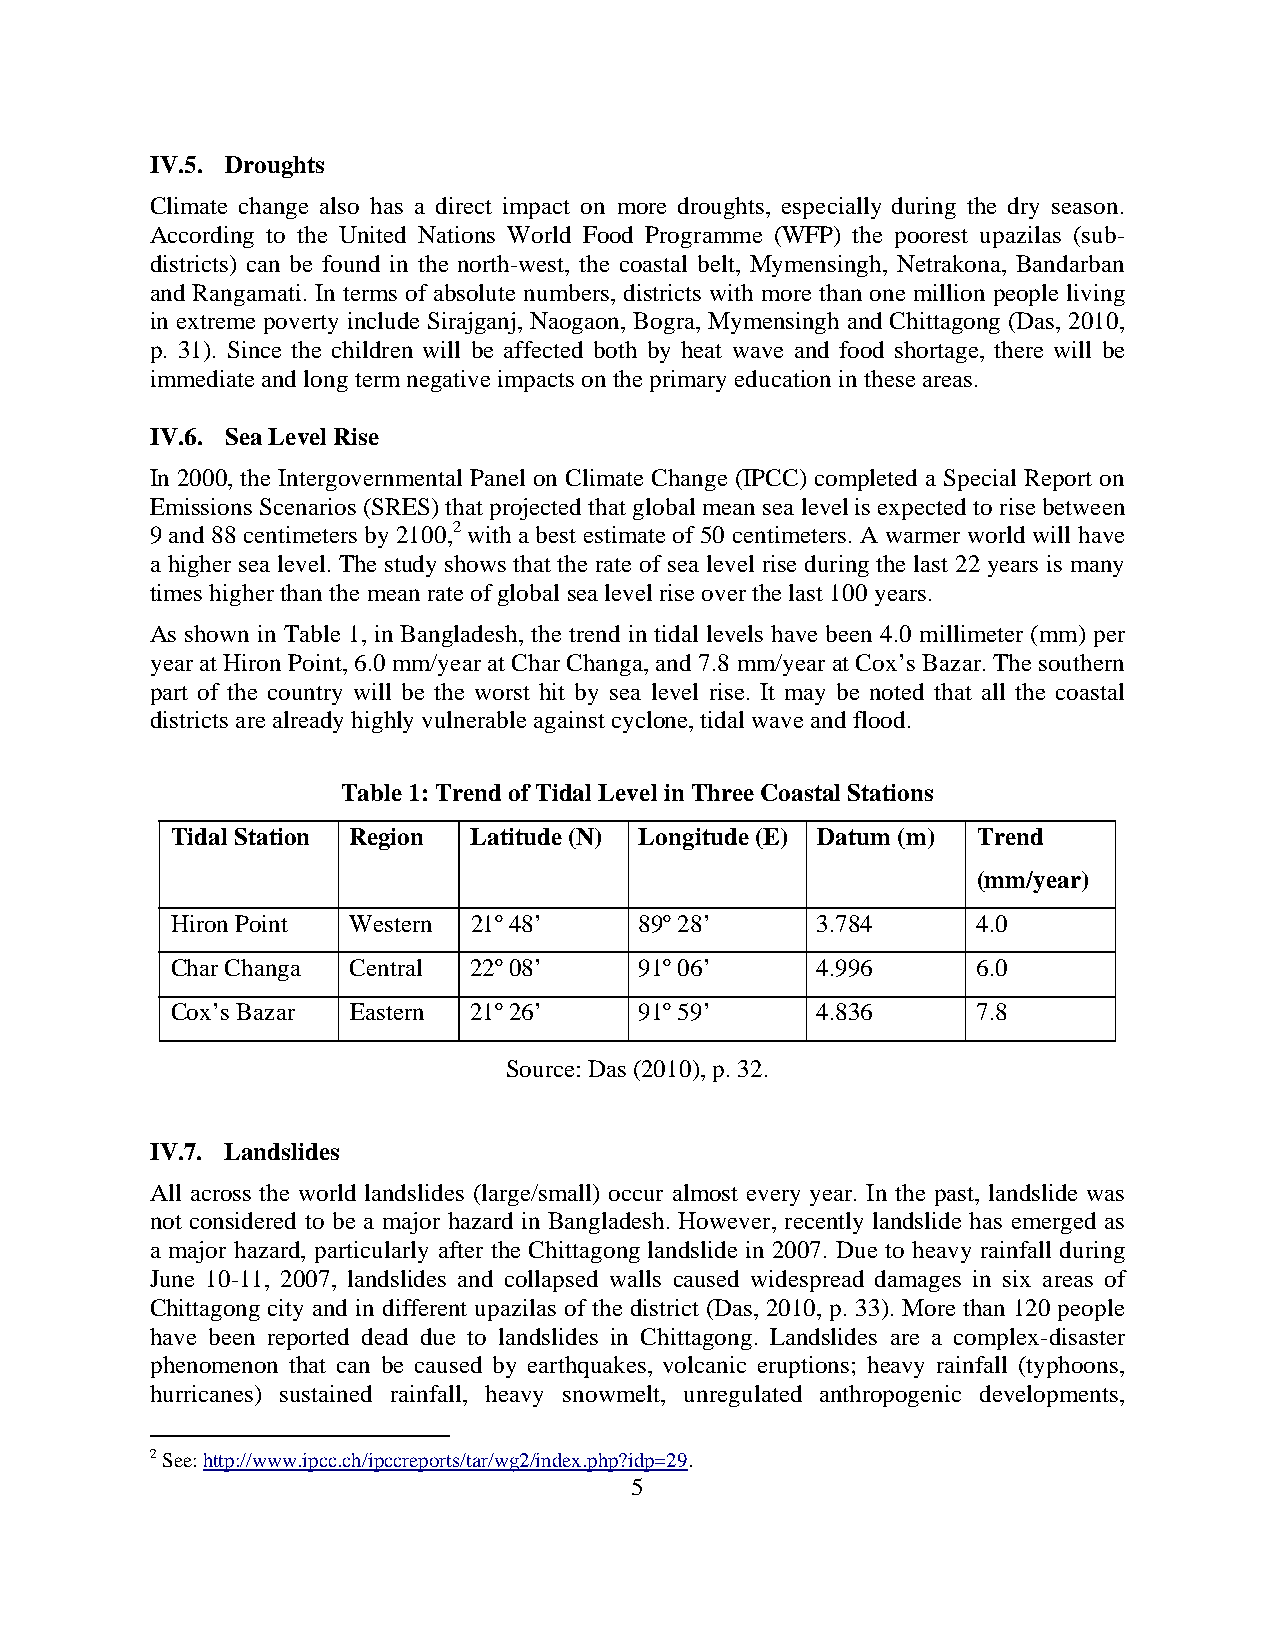
IV.5. Droughts
 Climate change also has a direct impact on more droughts, especially during the dry season.
 According to the United Nations World Food Programme (WFP) the poorest upazilas (sub-
 districts) can be found in the north-west, the coastal belt, Mymensingh, Netrakona, Bandarban
 and Rangamati. In terms of absolute numbers, districts with more than one million people living
 in extreme poverty include Sirajganj, Naogaon, Bogra, Mymensingh and Chittagong (Das, 2010,
 p. 31). Since the children will be affected both by heat wave and food shortage, there will be
 immediate and long term negative impacts on the primary education in these areas.
 IV.6. Sea Level Rise
 In 2000, the Intergovernmental Panel on Climate Change (IPCC) completed a Special Report on
 Emissions Scenarios (SRES) that projected that global mean sea level is expected to rise between
 9 and 88 centimeters by 2100,2 with a best estimate of 50 centimeters. A warmer world will have
 a higher sea level. The study shows that the rate of sea level rise during the last 22 years is many
 times higher than the mean rate of global sea level rise over the last 100 years.
 As shown in Table 1, in Bangladesh, the trend in tidal levels have been 4.0 millimeter (mm) per
 year at Hiron Point, 6.0 mm/year at Char Changa, and 7.8 mm/year at Cox’s Bazar. The southern
 part of the country will be the worst hit by sea level rise. It may be noted that all the coastal
 districts are already highly vulnerable against cyclone, tidal wave and flood.
 Table 1: Trend of Tidal Level in Three Coastal Stations
 Tidal Station Region Latitude (N) Longitude (E) Datum (m) Trend
 (mm/year)
 Hiron Point Western 21º 48’    89º 28’     3.784      4.0
 Char Changa Central 22º 08’    91º 06’     4.996      6.0
 Cox’s Bazar Eastern 21º 26’    91º 59’     4.836      7.8
 Source: Das (2010), p. 32.
 IV.7. Landslides
 All across the world landslides (large/small) occur almost every year. In the past, landslide was
 not considered to be a major hazard in Bangladesh. However, recently landslide has emerged as
 a major hazard, particularly after the Chittagong landslide in 2007. Due to heavy rainfall during
 June 10-11, 2007, landslides and collapsed walls caused widespread damages in six areas of
 Chittagong city and in different upazilas of the district (Das, 2010, p. 33). More than 120 people
 have been reported dead due to landslides in Chittagong. Landslides are a complex-disaster
 phenomenon that can be caused by earthquakes, volcanic eruptions; heavy rainfall (typhoons,
 hurricanes) sustained rainfall, heavy snowmelt, unregulated anthropogenic developments,
 2 See: http://www.ipcc.ch/ipccreports/tar/wg2/index.php?idp=29.
 5